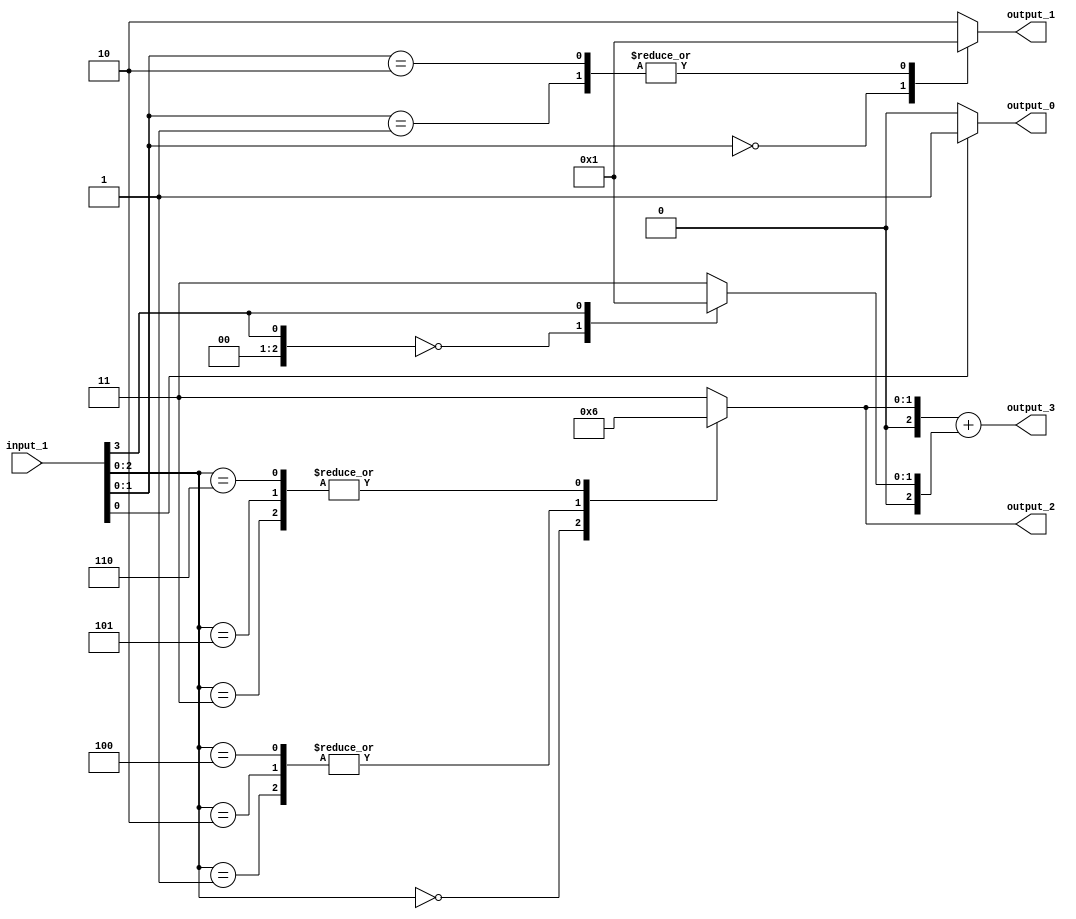
// Generator : SpinalHDL v1.4.3    git head : adf552d8f500e7419fff395b7049228e4bc5de26
// Component : unnamed
// Git hash  : adf552d8f500e7419fff395b7049228e4bc5de26



module unnamed (
  input      [3:0]    input_1,
  output     [0:0]    output_0,
  output     [1:0]    output_1,
  output     [1:0]    output_2,
  output     [2:0]    output_3
);
  reg        [0:0]    _zz_12;
  reg        [1:0]    _zz_13;
  reg        [1:0]    _zz_14;
  reg        [2:0]    _zz_15;
  reg        [2:0]    _zz_16;
  wire       [0:0]    _zz_17;
  wire       [2:0]    _zz_18;
  wire       [0:0]    _zz_19;
  wire       [1:0]    _zz_20;
  wire       [2:0]    _zz_21;
  wire       [2:0]    _zz_22;
  wire                _zz_1;
  wire                _zz_2;
  wire                _zz_3;
  wire       [2:0]    _zz_4;
  wire       [2:0]    _zz_5;
  wire       [2:0]    _zz_6;
  wire       [2:0]    _zz_7;
  wire       [2:0]    _zz_8;
  wire       [2:0]    _zz_9;
  wire       [2:0]    _zz_10;
  wire       [2:0]    _zz_11;

  assign _zz_17 = input_1[3];
  assign _zz_18 = {2'd0, _zz_17};
  assign _zz_19 = _zz_1;
  assign _zz_20 = {_zz_2,_zz_1};
  assign _zz_21 = {_zz_3,{_zz_2,_zz_1}};
  assign _zz_22 = {_zz_3,{_zz_2,_zz_1}};
  always @(*) begin
    case(_zz_19)
      1'b0 : begin
        _zz_12 = 1'b0;
      end
      default : begin
        _zz_12 = 1'b1;
      end
    endcase
  end

  always @(*) begin
    case(_zz_20)
      2'b00 : begin
        _zz_13 = 2'b00;
      end
      2'b01 : begin
        _zz_13 = 2'b01;
      end
      2'b10 : begin
        _zz_13 = 2'b01;
      end
      default : begin
        _zz_13 = 2'b10;
      end
    endcase
  end

  always @(*) begin
    case(_zz_21)
      3'b000 : begin
        _zz_14 = 2'b00;
      end
      3'b001 : begin
        _zz_14 = 2'b01;
      end
      3'b010 : begin
        _zz_14 = 2'b01;
      end
      3'b011 : begin
        _zz_14 = 2'b10;
      end
      3'b100 : begin
        _zz_14 = 2'b01;
      end
      3'b101 : begin
        _zz_14 = 2'b10;
      end
      3'b110 : begin
        _zz_14 = 2'b10;
      end
      default : begin
        _zz_14 = 2'b11;
      end
    endcase
  end

  always @(*) begin
    case(_zz_22)
      3'b000 : begin
        _zz_15 = _zz_4;
      end
      3'b001 : begin
        _zz_15 = _zz_5;
      end
      3'b010 : begin
        _zz_15 = _zz_6;
      end
      3'b011 : begin
        _zz_15 = _zz_7;
      end
      3'b100 : begin
        _zz_15 = _zz_8;
      end
      3'b101 : begin
        _zz_15 = _zz_9;
      end
      3'b110 : begin
        _zz_15 = _zz_10;
      end
      default : begin
        _zz_15 = _zz_11;
      end
    endcase
  end

  always @(*) begin
    case(_zz_18)
      3'b000 : begin
        _zz_16 = _zz_4;
      end
      3'b001 : begin
        _zz_16 = _zz_5;
      end
      3'b010 : begin
        _zz_16 = _zz_6;
      end
      3'b011 : begin
        _zz_16 = _zz_7;
      end
      3'b100 : begin
        _zz_16 = _zz_8;
      end
      3'b101 : begin
        _zz_16 = _zz_9;
      end
      3'b110 : begin
        _zz_16 = _zz_10;
      end
      default : begin
        _zz_16 = _zz_11;
      end
    endcase
  end

  assign _zz_1 = input_1[0];
  assign _zz_2 = input_1[1];
  assign _zz_3 = input_1[2];
  assign output_0 = _zz_12;
  assign output_1 = _zz_13;
  assign output_2 = _zz_14;
  assign _zz_4 = 3'b000;
  assign _zz_5 = 3'b001;
  assign _zz_6 = 3'b001;
  assign _zz_7 = 3'b010;
  assign _zz_8 = 3'b001;
  assign _zz_9 = 3'b010;
  assign _zz_10 = 3'b010;
  assign _zz_11 = 3'b011;
  assign output_3 = (_zz_15 + _zz_16);

endmodule